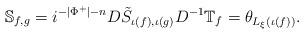
LaTeX: \begin{align*} \mathbb{S}_{f,g} = i^{-\lvert \Phi^+\rvert - n} D\tilde{S}_{\iota(f),\iota(g)}D^{-1} \mathbb{T}_{f} = \theta_{L_{\xi}(\iota(f))}. \end{align*}